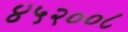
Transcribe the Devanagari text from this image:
४५२००८